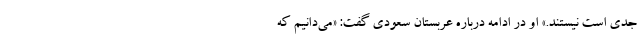
جدی است نیستند.» او در ادامه درباره عربستان سعودی گفت: «می‌دانیم که